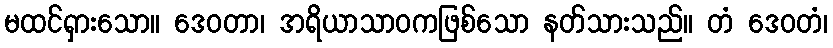
မထင်ရှားသော။ ဒေဝတာ၊ အရိယာသာဝကဖြစ်သော နတ်သားသည်။ တံ ဒေဝတံ၊